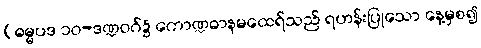
(ဓမ္မပဒ ၁၀-ဒဏ္ဍဝဂ်၌ ကောဏ္ဍဓာနမထေရ်သည် ရဟန်းပြုသော နေ့မှစ၍